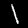
Digit: 1